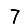
Digit: 7